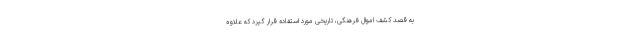
به‌ قصد کشف ‌اموال فرهنگی، تاریخی مورد استفاده قرار گیرد که علاوه